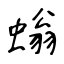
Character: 螉